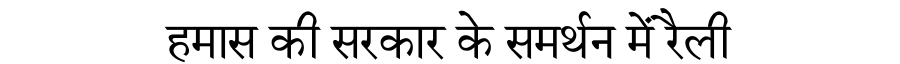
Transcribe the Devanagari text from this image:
हमास की सरकार के समर्थन में रैली